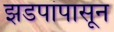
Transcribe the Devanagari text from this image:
झडपांपासून